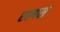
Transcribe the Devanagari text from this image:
एल्पस